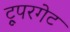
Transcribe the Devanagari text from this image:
ट्रूपरगेट